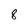
Character: 8